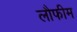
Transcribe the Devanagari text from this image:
लौफीम